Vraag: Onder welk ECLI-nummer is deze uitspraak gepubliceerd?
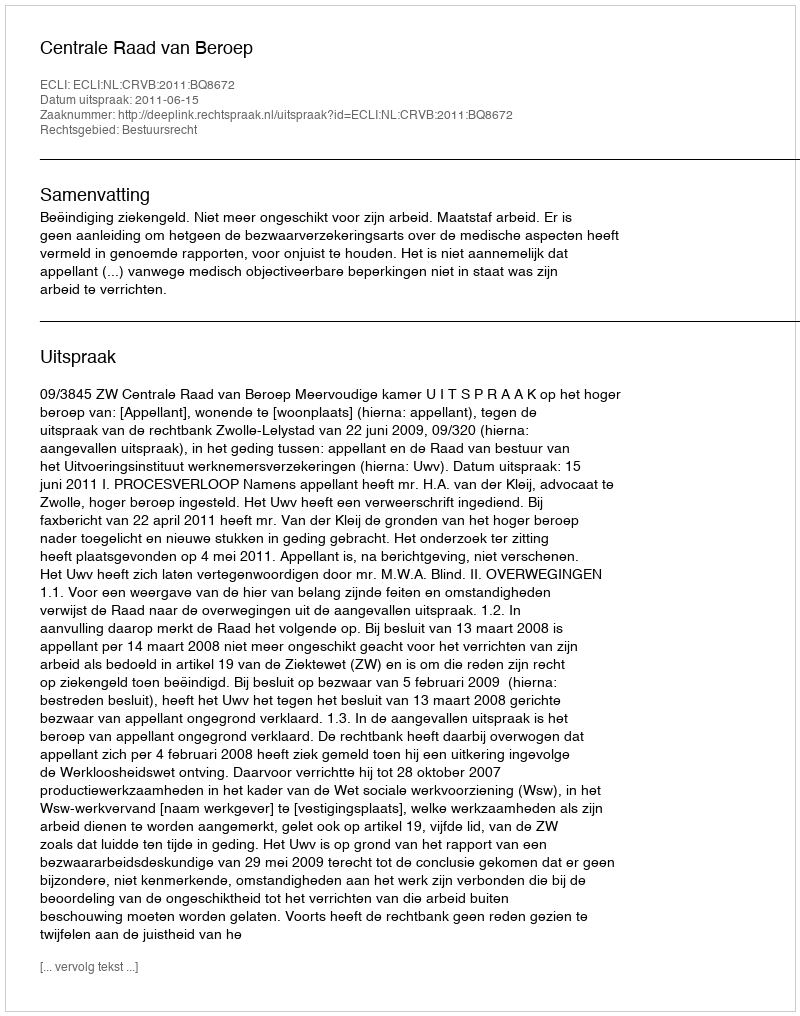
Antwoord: ECLI:NL:CRVB:2011:BQ8672